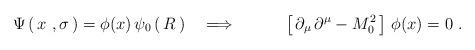
LaTeX: \begin{align*}\Psi\left(\, x\ , \sigma\, \right)=\phi(x)\, \psi_0\left(\, R\, \right) \quad \Longrightarrow \quad \qquad \left[\, \partial_\mu\, \partial^\mu - M_0^2\, \right]\,\phi(x) =0\ .\end{align*}